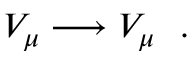
V _ { \mu } \longrightarrow V _ { \mu } ~ ~ .